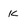
Character: K